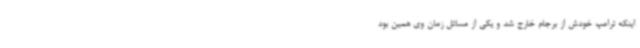
اینکه ترامپ خودش از برجام خارج شد و یکی از مسائل زمان وی همین بود